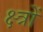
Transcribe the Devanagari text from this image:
क्ष्त्रों